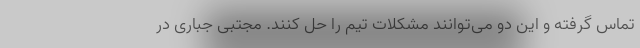
تماس گرفته و این دو می‌توانند مشکلات تیم را حل کنند. مجتبی جباری در